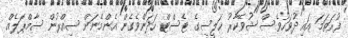
ފުރަތަމަ އައި ދުވަހުވެސް ޝުވޭކާރު ޚަލީސީގެ ޓެސްޓް ހަދަންވެގެން އެންމެނަށް ސިއްރުން ސާމްޕަލެއް